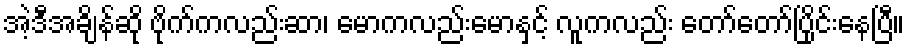
အဲ့ဒီအချိန်ဆို ဗိုက်ကလည်းဆာ၊ မောကလည်းမောနှင့် လူကလည်း တော်တော်ပြိုင်းနေပြီ။